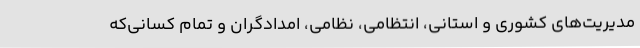
مدیریت‌های کشوری و استانی، انتظامی، نظامی، امدادگران و تمام کسانی‌که